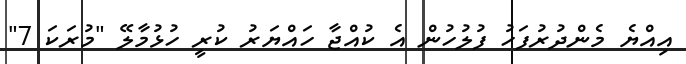
އިއްޔެ މެންދުރުފަހު ފުލުހުން އެ ކުއްޖާ ހައްޔަރު ކުރީ ހުޅުމާލޭ "މުރަކަ 7"